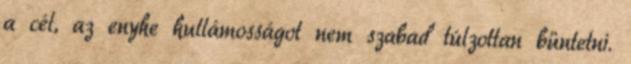
a cél, az enyhe hullámosságot nem szabad túlzottan büntetni.